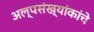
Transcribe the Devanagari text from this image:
अल्पसंख्यांकांचे